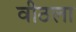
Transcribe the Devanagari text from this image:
वीठला